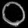
Digit: ၀